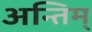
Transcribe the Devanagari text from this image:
अन्तिम्